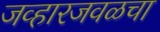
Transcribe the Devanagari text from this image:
जव्हारजवळचा